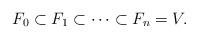
LaTeX: \begin{align*}F_0 \subset F_1 \subset \cdots \subset F_n = V.\end{align*}